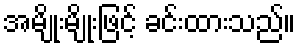
အမျိုးမျိုးဖြင့် ခင်းထားသည်။